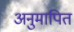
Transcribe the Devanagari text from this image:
अनुमापित